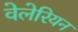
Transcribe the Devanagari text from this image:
वेलेरियन